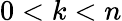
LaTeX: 0<k<n